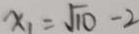
x _ { 1 } = \sqrt { 1 0 } - 2